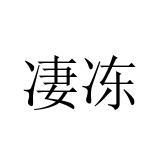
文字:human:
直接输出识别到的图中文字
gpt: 凄冻